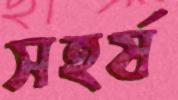
সহর্ষ